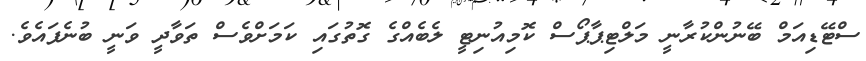
ސްޓޭޑިއަމް ބޭނުންކުރާނީ މަލްޓިޕާޕޯސް ކޮމިއުނިޓީ ލެބެއްގެ ގޮތުގައި ކަމަށްވެސް ތަވާދީ ވަނީ ބުނެފައެވެ.